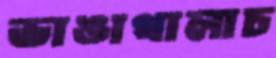
ভাঙাথালাচ